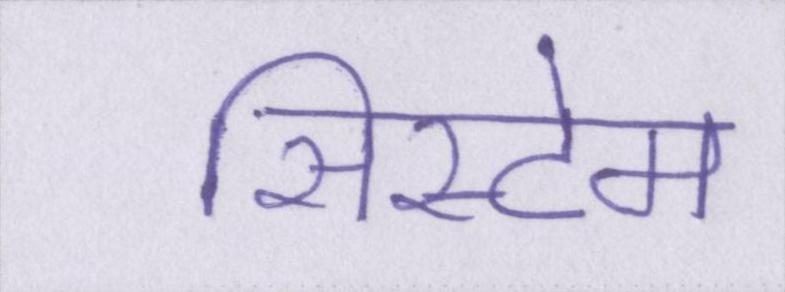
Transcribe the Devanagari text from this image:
सिस्टेम